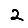
Digit: 2